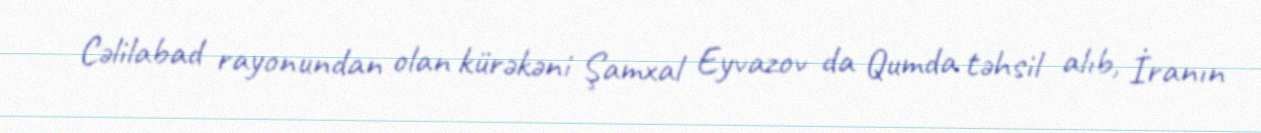
Cəlilabad rayonundan olan kürəkəni Şamxal Eyvazov da Qumda təhsil alıb, İranın